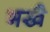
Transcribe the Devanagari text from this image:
भखै